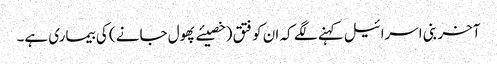
آخر بنی اسرائیل کہنے لگے کہ ان کو فتق (خصیئے پھول جانے ) کی بیماری ہے۔